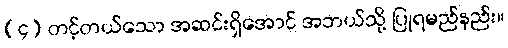
(၄) တင့်တယ်သော အဆင်းရှိအောင် အဘယ်သို့ ပြုရမည်နည်း။